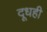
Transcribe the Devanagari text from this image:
दूधही